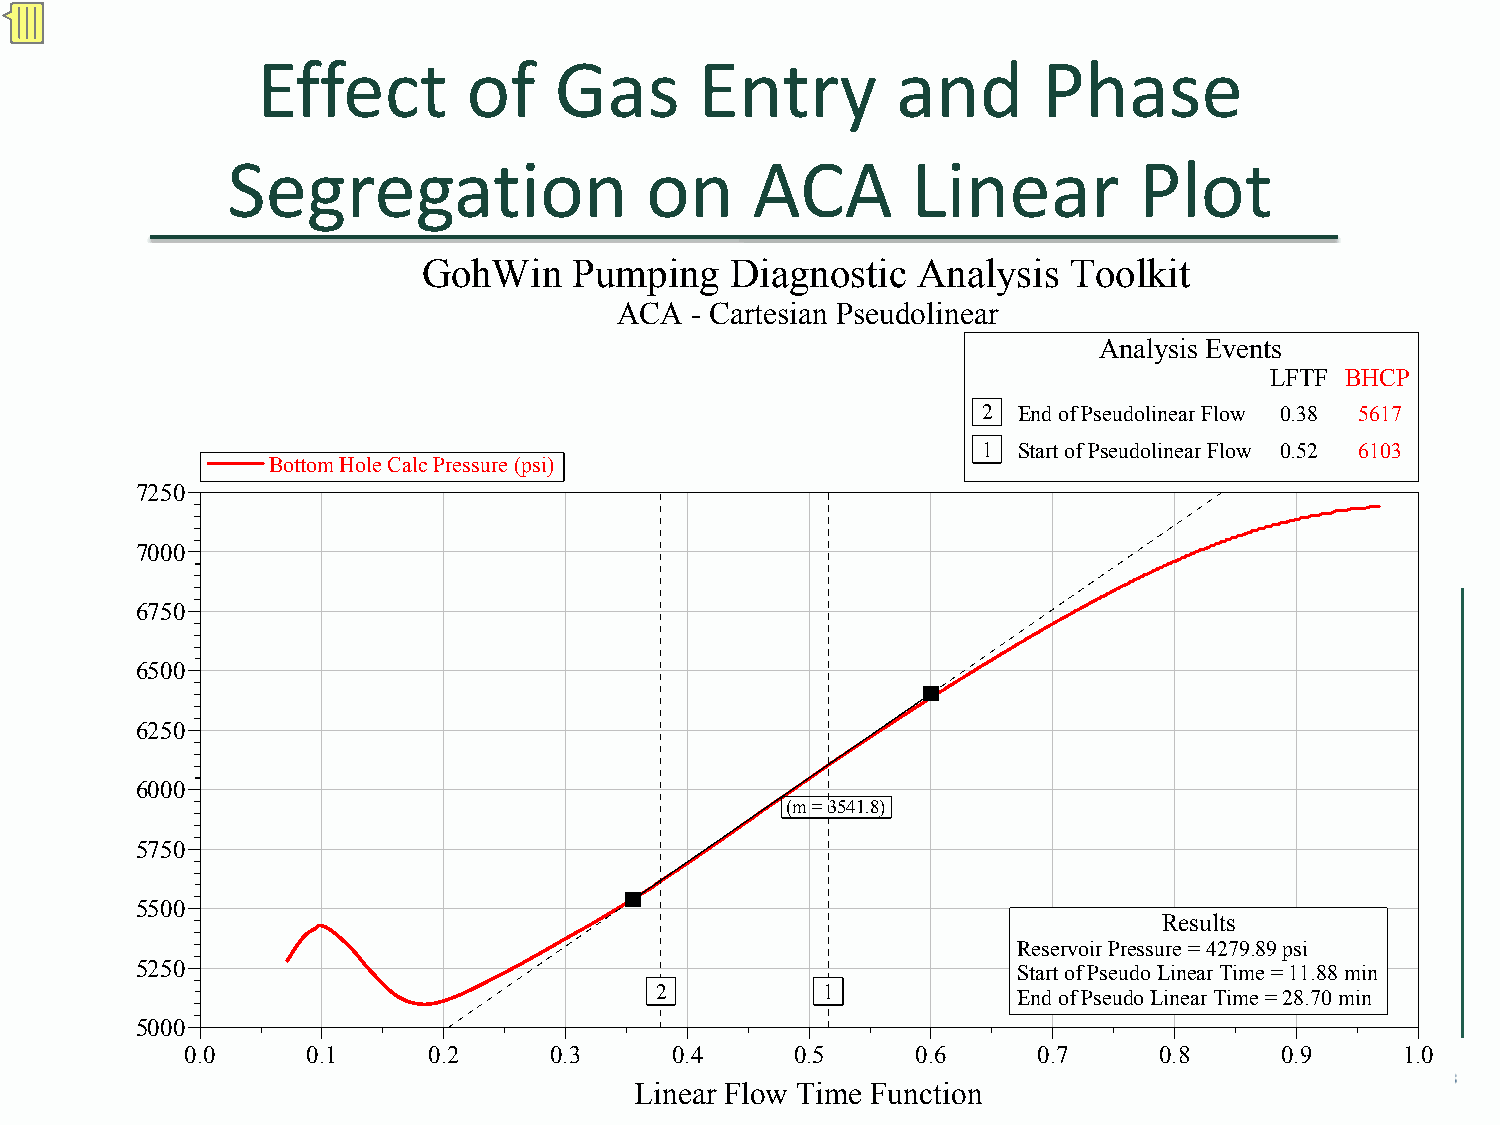
Effect        of    Gas      Entry        and       Phase
 Segregation                 on     ACA       Linear         Plot
 GohWin    Pumping   Diagnostic   Analysis  Toolkit
 ACA  - Cartesian Pseudolinear
 Analysis Events
 LFTF BHCP
 2 End of Pseudolinear Flow 0.38 5617
 1 Start of Pseudolinear Flow 0.52 6103
 Bottom Hole Calc Pressure (psi)
 7250
 7000
 6750
 6500
 6250
 6000
 (m = 3541.8)
 5750
 5500
 Results
 Reservoir Pressure = 4279.89 psi
 5250                                                      Start of Pseudo Linear Time = 11.88 min
 2          1
 End of Pseudo Linear Time = 28.70 min
 5000
 0.0     0.1     0.2     0.3     0.4      0.5     0.6     0.7     0©.8 2009 0.9   1.0
 Linear Flow Time Function